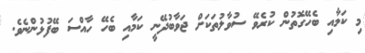
މި ކަމާއި ބެހޭގޮތުން ކުރެވޭ ސުވާލުތަކަށް ޖަވާބުދޭނީ ކަމާއި ބެހޭ ހާއްސަ ބޭފުޅުންނެވެ.